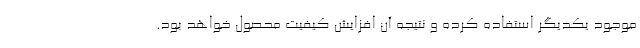
موجود یکدیگر استفاده کرده و نتیجه آن افزایش کیفیت محصول خواهد بود.